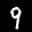
Label: 9